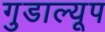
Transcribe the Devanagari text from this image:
गुडाल्यूप